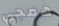
همجي